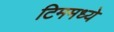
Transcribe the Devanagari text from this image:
टिममध्ये